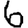
Digit: 6